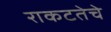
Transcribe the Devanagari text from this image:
राकटतेचे